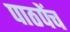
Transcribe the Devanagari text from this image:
पाठपेंच